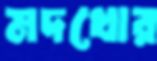
মদখোর